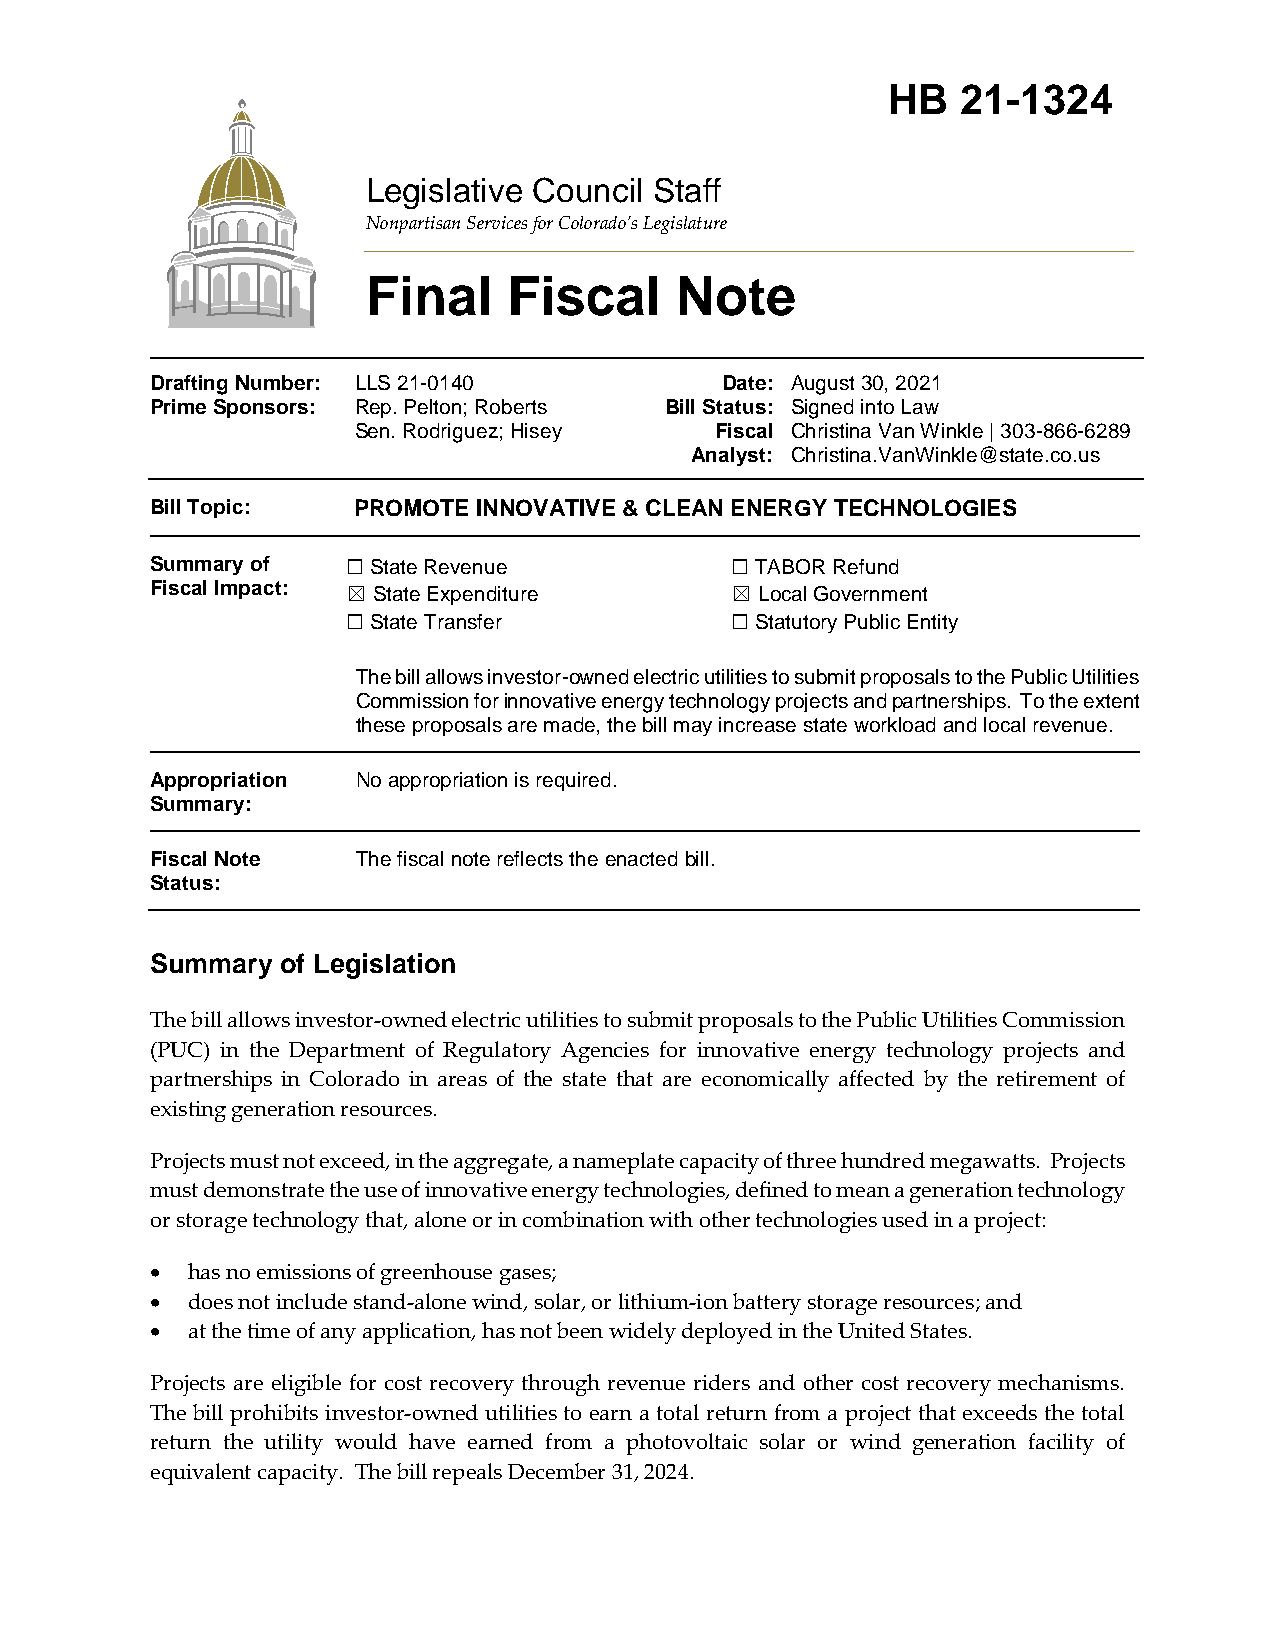
Page 1                                          HB   21-1324
 August 30, 2021
 Legislative Council Staff
 Nonpartisan Services for Colorado’s Legislature
 Final     Fiscal     Note
 Drafting Number: LLS 21-0140          Date: August 30, 2021
 Prime Sponsors: Rep. Pelton; Roberts Bill Status: Signed into Law
 Sen. Rodriguez; Hisey   Fiscal Christina Van Winkle | 303-866-6289
 Analyst: Christina.VanWinkle@state.co.us
 Bill Topic:  PROMOTE  INNOVATIVE & CLEAN ENERGY TECHNOLOGIES
 Summary of   ☐ State Revenue          ☐ TABOR Refund
 Fiscal Impact: ☒ State Expenditure    ☒ Local Government
 ☐ State Transfer         ☐ Statutory Public Entity
 The bill allows investor-owned electric utilities to submit proposals to the Public Utilities
 Commission for innovative energy technology projects and partnerships. To the extent
 these proposals are made, the bill may increase state workload and local revenue.
 Appropriation No appropriation is required.
 Summary:
 Fiscal Note   The fiscal note reflects the enacted bill.
 Status:
 Summary  of Legislation
 The bill allows investor-owned electric utilities to submit proposals to the Public Utilities Commission
 (PUC) in the Department of Regulatory Agencies for innovative energy technology projects and
 partnerships in Colorado in areas of the state that are economically affected by the retirement of
 existing generation resources.
 Projects must not exceed, in the aggregate, a nameplate capacity of three hundred megawatts. Projects
 must demonstrate the use of innovative energy technologies, defined to mean a generation technology
 or storage technology that, alone or in combination with other technologies used in a project:
  has no emissions of greenhouse gases;
  does not include stand-alone wind, solar, or lithium-ion battery storage resources; and
  at the time of any application, has not been widely deployed in the United States.
 Projects are eligible for cost recovery through revenue riders and other cost recovery mechanisms.
 The bill prohibits investor-owned utilities to earn a total return from a project that exceeds the total
 return the utility would have earned from a photovoltaic solar or wind generation facility of
 equivalent capacity. The bill repeals December 31, 2024.